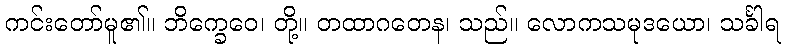
ကင်းတော်မူ၏။ ဘိက္ခေဝေ၊ တို့။ တထာဂတေန၊ သည်။ လောကသမုဒယော၊ သင်္ခါရ